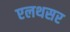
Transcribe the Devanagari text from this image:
एलथसर